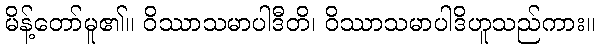
မိန့်တော်မူ၏။ ဝိဿာသမာပါဒီတိ၊ ဝိဿာသမာပါဒိဟူသည်ကား။